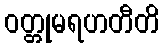
ဝတ္တုမရဟတီတိ